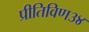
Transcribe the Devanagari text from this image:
प्रीतिविण३४